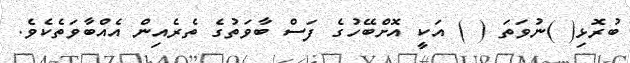
ބުރޮޅި( )ނުވަތަ ( ) އަކީ އޮށްބޭހުގެ ފަސް ބާވަތުގެ ތެރެއިން އެއްބާވަތެކެވެ.